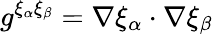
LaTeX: g^{\xi_{\alpha}\xi_{\beta}}=\nabla\xi_{\alpha}\cdot\nabla\xi_{\beta}